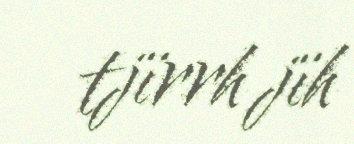
tjïrrh jïh